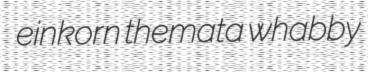
einkorn themata whabby